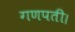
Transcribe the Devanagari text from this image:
गणपती।